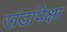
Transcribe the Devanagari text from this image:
खंडांपेक्षा